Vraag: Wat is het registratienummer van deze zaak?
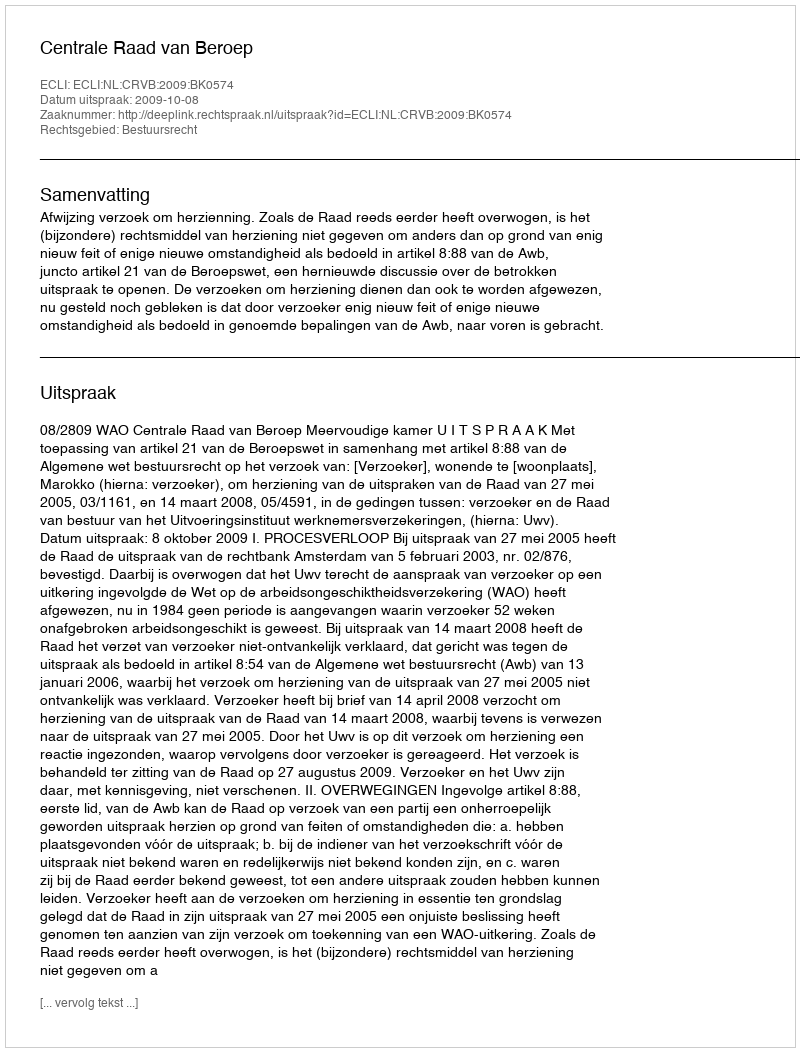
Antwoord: http://deeplink.rechtspraak.nl/uitspraak?id=ECLI:NL:CRVB:2009:BK0574